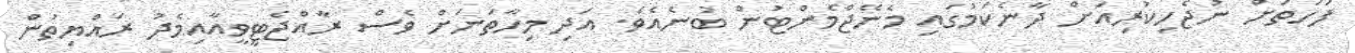
ފަހަތަށް ނުޖެހިކުރިއަށް ދާނެކަމުގައި މެނޭޖްމެންޓުން ބުނެއެވެ. އަދި މިހާތަނަށް ވެސް ރާއްޖެޓީވީއާއިމެދު ރައްޔިތުން